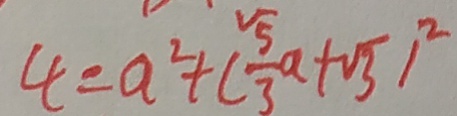
4 = a ^ { 2 } + ( \frac { \sqrt { 5 } } { 3 } a + \sqrt { 3 } ) ^ { 2 }